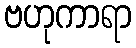
ဗဟုကာရာ